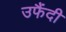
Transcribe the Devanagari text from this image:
उफैंदी